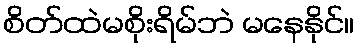
စိတ်ထဲမစိုးရိမ်ဘဲ မနေနိုင်။